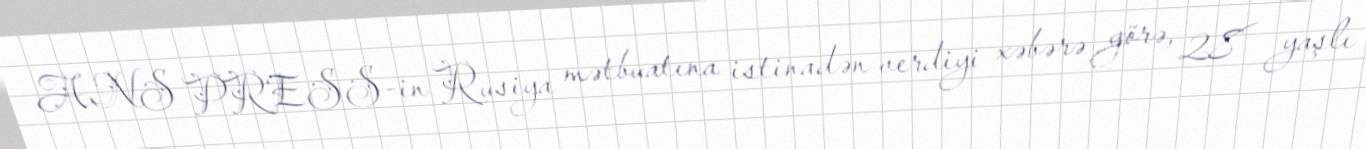
ANS PRESS-in Rusiya mətbuatına istinadən verdiyi xəbərə görə, 28 yaşlı